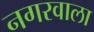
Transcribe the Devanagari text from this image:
नगरवाला